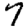
Digit: 7